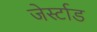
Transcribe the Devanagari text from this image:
जेर्स्टाड